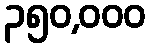
၃၅၀,၀၀၀